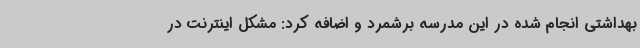
بهداشتی انجام شده در این مدرسه برشمرد و اضافه کرد: مشکل اینترنت در